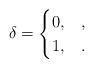
LaTeX: \begin{align*}\delta=\begin{cases}0,& ,\\1, & .\end{cases}\end{align*}